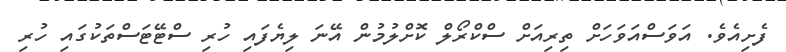
ފެށިއެވެ. އަވަސްއަވަހަށް ތިރިއަށް ސްކްރޯލް ކޮށްލުމުން އޭނަ ލިޔެފައި ހުރި ސްޓޭޓަސްތަކުގައި ހުރި